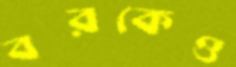
বরকেও